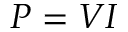
P = V I